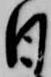
日